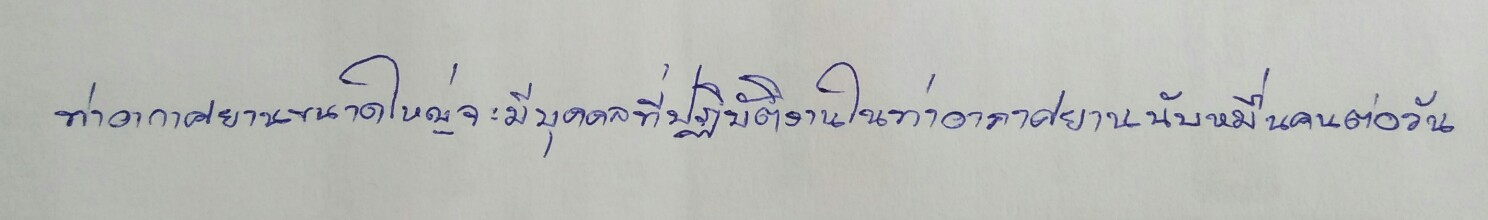
ท่าอากาศยานขนาดใหญ่จะมีบุคคลที่ปฏิบัติงานในท่าอากาศยานนับหมื่นคนต่อวัน